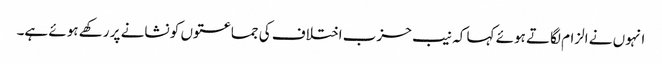
انہوں نے الزام لگاتے ہوئے کہا کہ نیب حزب اختلاف کی جماعتوں کو نشانے پر رکھے ہوئے ہے۔